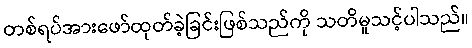
တစ်ရပ်အားဖော်ထုတ်ခဲ့ခြင်းဖြစ်သည်ကို သတိမူသင့်ပါသည်။